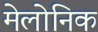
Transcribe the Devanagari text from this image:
मेलोनिक